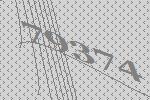
79374